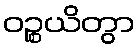
ဝဉ္စယိတွာ